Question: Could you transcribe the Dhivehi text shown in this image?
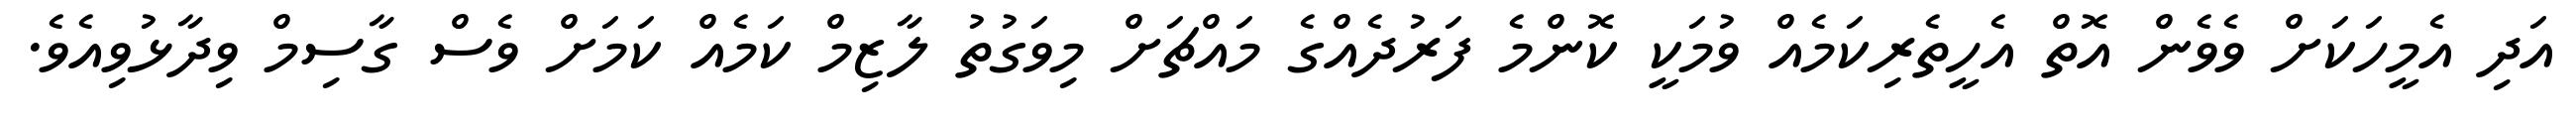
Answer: އަދި އެމީހަކަށް ވެވެން އޮތް އެހީތެރިކަމެއް ވުމަކީ ކޮންމެ ފަރުދެއްގެ މައްޗަށް މިވަގުތު ލާޒިމް ކަމެއް ކަމަށް ވެސް ގާސިމް ވިދާޅުވިއެވެ.